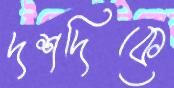
দশদিকে